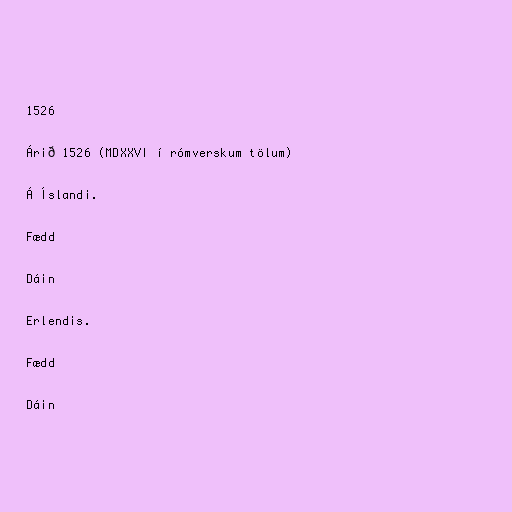
1526

Árið 1526 (MDXXVI í rómverskum tölum)

Á Íslandi.

Fædd

Dáin

Erlendis.

Fædd

Dáin